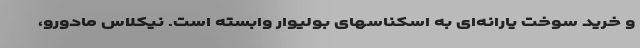
و خرید سوخت یارانه‌ای به اسکناسهای بولیوار وابسته است. نیکلاس مادورو،